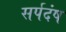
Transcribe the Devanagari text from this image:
सर्पदंष